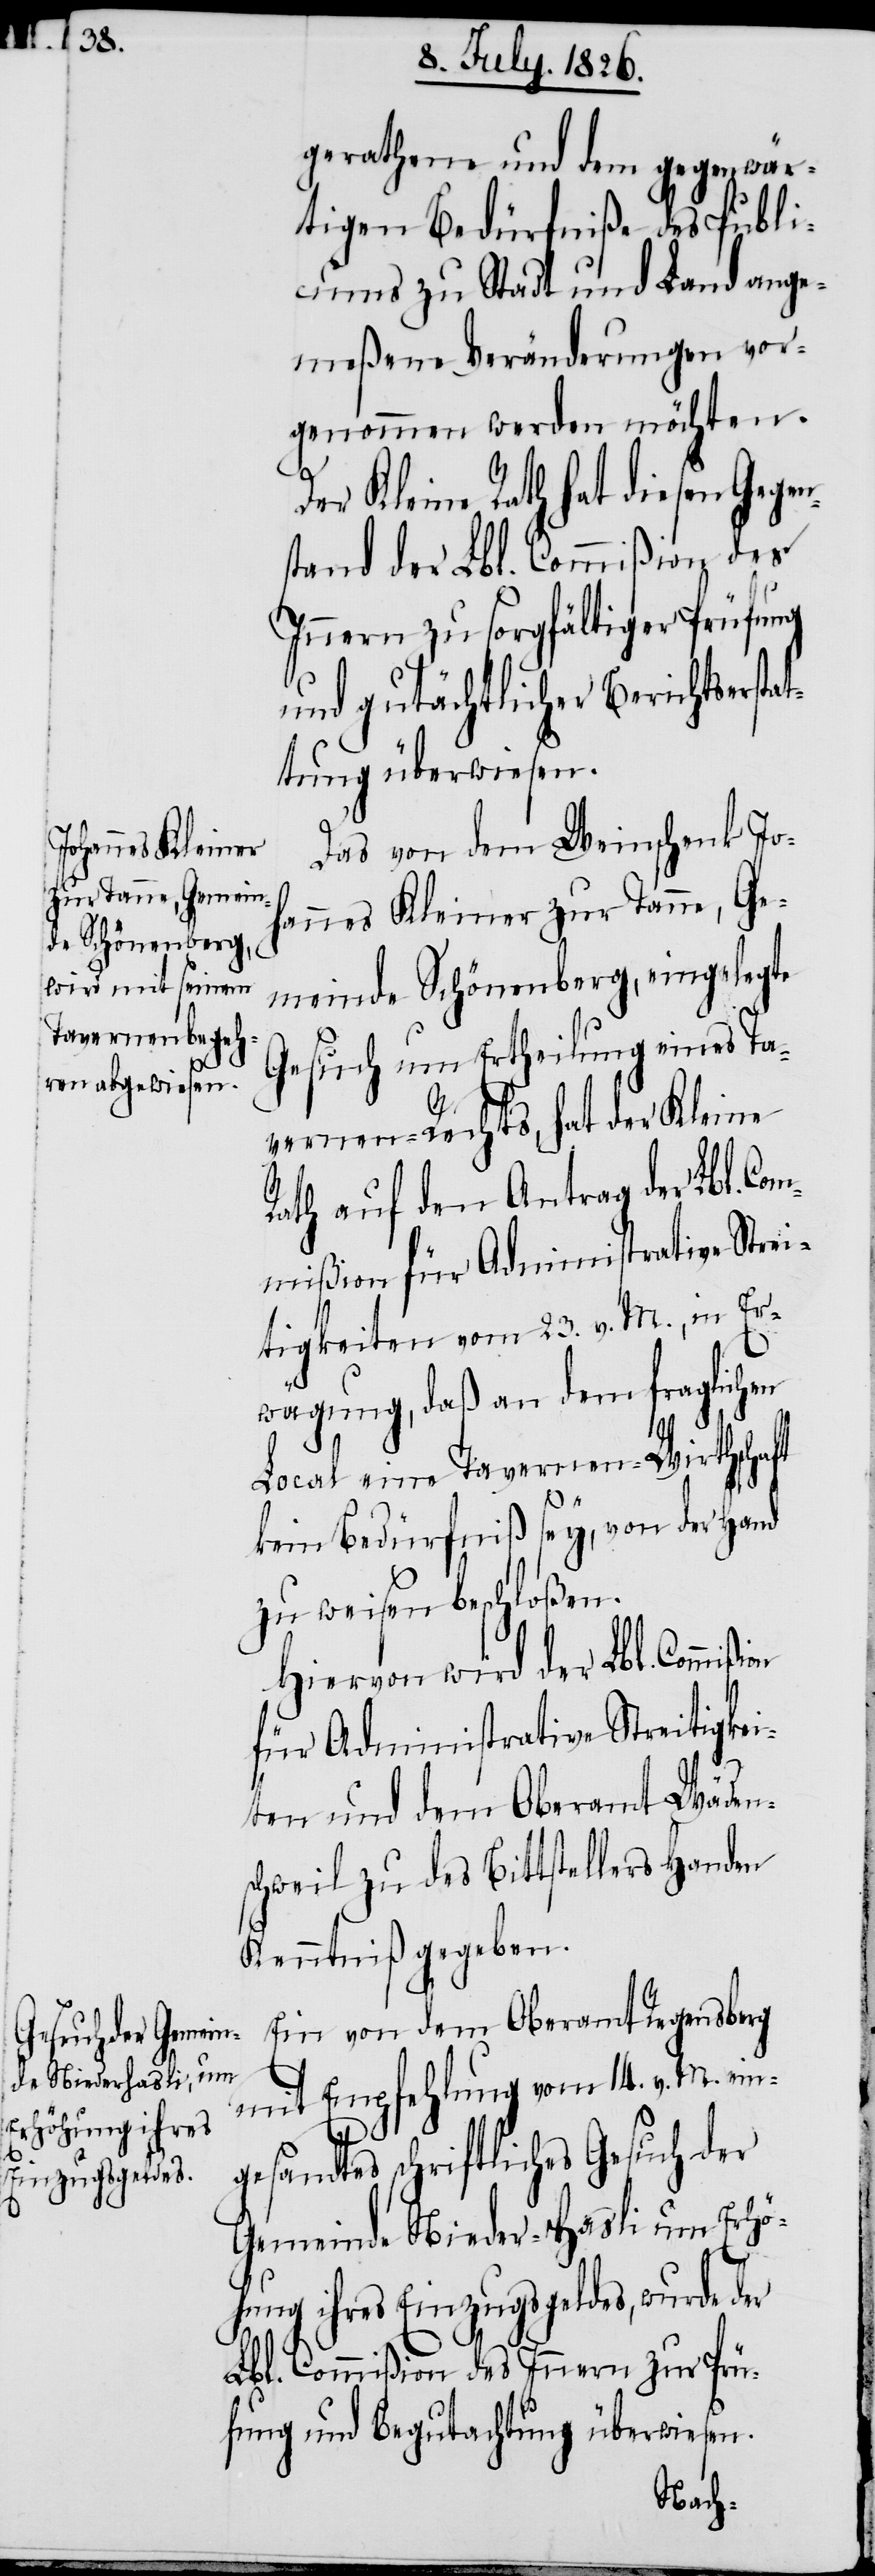
g¬

gerathene und dem gegenwär¬
tigen Bedürfniß des Publi¬
cums zu Stadt und Land ange¬
meßene Veränderungen vor¬
genommen werden möchten.
Der Kleine Rath hat diesen Gege¬
stand der Lbl. Commißion des
Innern zu sorgfältiger Prüfung
und gutächtlicher Berichtserstat¬
tung überwiesen.
Das von dem Weinschenk Jo¬
hannes Kleiner zur Tanne, Ge¬
meinde Schönenberg, eingelegte
Gesuch um Ertheilung eines Ta¬
vernen-Rechts, hat der Kleine
Rath auf den Antrag der Lbl. Co¬
mmißion für Administrative Strei¬
tigkeiten vom 23. v. M., in Er¬
wägung, daß an dem fraglichen
Local eine Tavernen-Wirthschaft
kein Bedürfniß sey, von der Hand
zu weisen beschloßen.
Hiervon wird der Lbl. Commiß¬
für Administrative Streitigkei¬
ten und dem Oberamt Wäden¬
schweil zu des Bittstellers Handen
Kenntniß gegeben.
Ein von dem Oberamt Regensberg
mit Empfehlung vom 14. v. M. ein¬
esandtes schriftliches Gesuch der
Gemeinde Nieder-Hasli um Erhö¬
hung ihres Einzugsgeldes, wurde der
Lbl. Commißion des Innern zur Prü¬
fung und Begutachtung überwiesen.